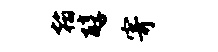
翰醇寄